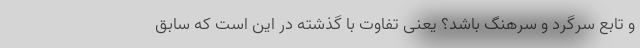
و تابع سرگرد و سرهنگ باشد؟ یعنی تفاوت با گذشته در این است که سابق